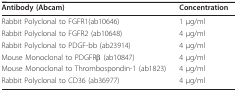
<table><thead><tr><td><b>Antibody (Abcam)</b></td><td><b>Concentration</b></td></tr></thead><tbody><tr><td>Rabbit Polyclonal to FGFR1(ab10646)</td><td>1 μg/ml</td></tr><tr><td>Rabbit Polyclonal to FGFR2 (ab10648)</td><td>4 μg/ml</td></tr><tr><td>Rabbit Polyclonal to PDGF-bb (ab23914)</td><td>4 μg/ml</td></tr><tr><td>Mouse Monoclonal to PDGFRβ (ab10847)</td><td>4 μg/ml</td></tr><tr><td>Mouse Monoclonal to Thrombospondin-1 (ab1823)</td><td>4 μg/ml</td></tr><tr><td>Rabbit Polyclonal to CD36 (ab36977)</td><td>4 μg/ml</td></tr></tbody></table>